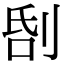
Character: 𠜜